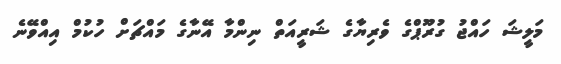
މަލީޝަ ހައްޖު ގުރޫޕްގެ ވެރިޔާގެ ޝަރީއަތް ނިންމާ އޭނާގެ މައްޗަށް ހުކުމް އިއްވޭނެ